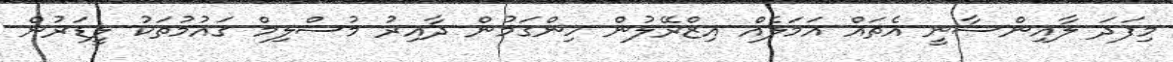
މިފަދަ ލާއިންސާނީ އެތައް އަމަލެއް އިޒްރޭލުން ހިންގަމުން ދާއިރު މުސްލިމް ގައުމުތަކު ލީޑަރުން